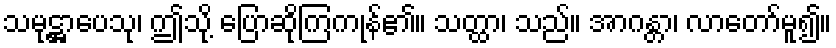
သမုဋ္ဌာပေသု၊ ဤသို့ ပြောဆိုကြကုန်၏။ သတ္ထာ၊ သည်။ အာဂန္တာ၊ လာတော်မူ၍။